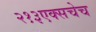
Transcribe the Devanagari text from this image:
२१३एक्सचेच